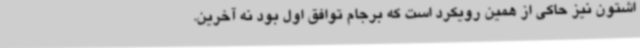
اشتون نیز حاکی از همین رویکرد است که برجام توافق اول بود نه آخرین.